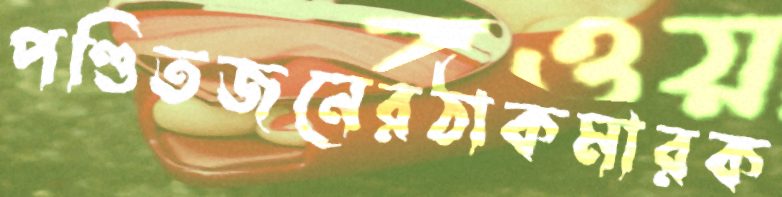
পণ্ডিতজনেরঠাকমারক